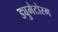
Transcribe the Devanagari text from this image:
ड्युमेटोरम